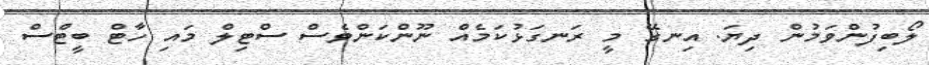
ލޯބިފުންވަމުން ދިޔަ. އިނގޭ މީ ރަނގަޅުކަމެއް ނޫންކަންވެސް ސްޓިލް މައި ހާޓް ބީޓްސް